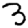
Digit: 3